system: You are a helpful assistant.
user:
Analyze the provided spectrum to determine if it is a **White Dwarf (WD)**.

A White Dwarf spectrum is defined by its **extreme purity** (due to gravitational settling) and/or **extreme pressure broadening** (due to high surface gravity). You must check for one of the following mutually exclusive signatures:

- **Key Visual Indicators (Check for ONE of these types):**

    - **1. DA-Type Signature (Most Common):**
        - **(Primary Feature):** Extreme pressure broadening (Stark broadening) of the **Hydrogen (H) Balmer lines**.
        - **(Key Lines):** $H\beta$ (approx. $4861$ Å) and $H\gamma$ (approx. $4340$ Å). $H\alpha$ (approx. $6563$ Å) will also be present if the wavelength range covers it.
        - **(Line Profile):** This is the **defining feature**. The lines are **NOT** sharp. They appear as massive, **extremely broad and deep "troughs" or "dips"** in the spectrum, often hundreds of Ångströms wide. The continuum will appear to "scoop" down at these wavelengths.
        - **(Distinction):** Normal A-type or B-type stars have *narrow* and *sharp* Hydrogen lines. A DA White Dwarf's lines are unmistakably "smeared" or "blurry" from pressure.

    - **2. DB-Type Signature:**
        - **(Primary Feature):** Broad absorption lines from **Neutral Helium (He I)**. The spectrum must lack any visible Hydrogen lines.
        - **(Key Lines):** Look for broad absorption near $4471$ Å, $4921$ Å, and $5876$ Å.
        - **(Line Profile):** These lines are also significantly pressure-broadened, appearing much wider than they would in a normal B-type main-sequence star.

    - **3. DC-Type Signature:**
        - **(Primary Feature):** A **featureless continuous spectrum**.
        - **(Line Profile):** The spectrum is a smooth curve with **no significant absorption or emission lines**.
        - **(Key Confirmation):** The continuum is almost always **blue or white**, indicating a hot object. This signature implies the atmosphere is so pure (or so cool) that no spectral lines are visible in the optical range. Its WD identity is confirmed by its extremely low intrinsic brightness (high absolute magnitude).

    - **4. DZ-Type Signature (Metal-Polluted):**
        - **(Primary Feature):** **Isolated, narrow metal absorption lines** on an otherwise featureless (DC-like) continuum.
        - **(Key Lines):** The **Calcium (Ca II) H & K doublet** (approx. **$3934$ Å** and **$3968$ Å**) is the most common and defining feature.
        - **(Line Profile):** These lines are "out of place." They are *not* part of a "forest" of thousands of lines. This signature is evidence of recent *accretion* (pollution) from rocky debris.
        - **(Distinction):** Normal G/K/M stars have a *dense forest* of thousands of metal lines. A DZ has a *clean* continuum with *only a few* strong metal lines.

    - **5. DQ-Type Signature (Carbon-Polluted):**
        - **(Primary Feature):** Absorption bands from **Carbon (C₂ "Swan Bands" or atomic C I)**.
        - **(Key Lines - C₂):** Look for bandheads with a "saw-tooth" shape near $5635$ Å, **$5165$ Å** (strongest), and $4737$ Å.
        - **(Key Confirmation):** The underlying **continuum must be blue or white** (hot).
        - **(Distinction):** This is the critical difference from a **Carbon Star**, which has the *exact same* C₂ bands but on an extremely **red, cool** continuum.

- **(Overall Spectrum):**
    - The continuum (overall shape) is typically **blue-sloping** (brighter in the blue than the red), as most white dwarfs are very hot.
    - The spectrum will look "pure" or "simple," dominated by only *one* of the five signatures listed above.

Think first, call **spectral_visualization_tool** if needed to examine features in detail, then provide your final answer. Your response must adhere to the following strict rules:
1.  **Overall Structure:** Your response must follow the format `<think>...</think> <tool_call>...</tool_call> (if a tool is used) <answer>...</answer>`.
2.  **Tool Usage Constraint:** You may only make **one** tool call per turn.
3.  **Final Answer Format:** In the `<answer>` tag, your conclusion must be inside a `\boxed{}` command (e.g., `\boxed{YES}` or `\boxed{NO}`), followed by your justification.

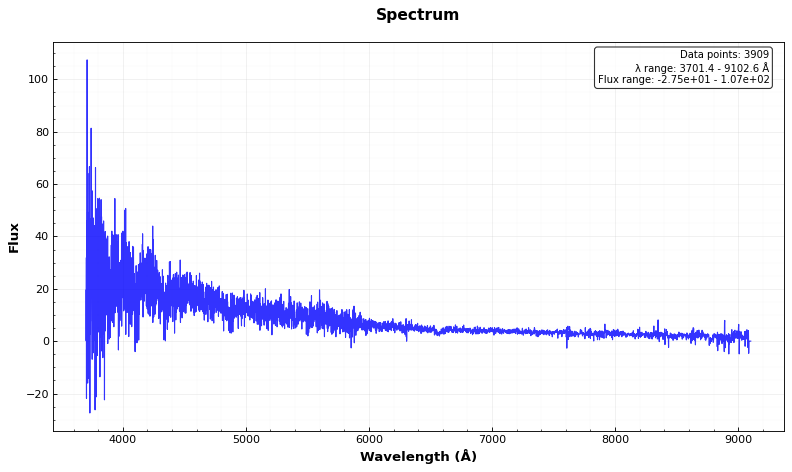
Answer: YES